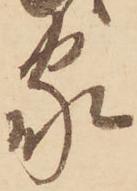
家